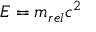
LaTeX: E = m _ { r e l } c ^ { 2 }